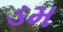
ડમ